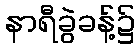
နာရီခွဲခန့်၌